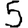
Digit: 5